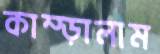
কাম্‌ড়ালাম